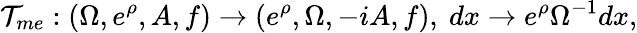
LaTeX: {\cal T}_{me}:(\Omega,e^{\rho},A,f)\rightarrow(e^{\rho},\Omega,-iA,f),~dx\rightarrow e^{\rho}\Omega^{-1}dx,